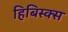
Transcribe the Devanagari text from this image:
हिबिस्क्‍स